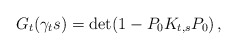
\begin{align*} G_{t}(\gamma_t s) = \det(1-P_0K_{t,s}P_0)\,,\end{align*}